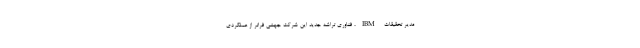
مدیر تحقیقات IBM، فناوری تراشه جدید این شرکت جهشی فراتر از عملکردی